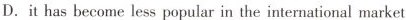
D.it has become less popular in the international market